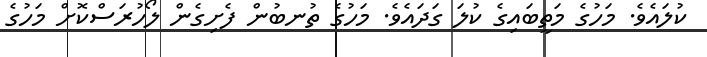
ކުލައެވެ. މަހުގެ މަތީބައިގެ ކުލަ ގަދައެވެ. މަހުގެ ތުނބުން ފެށިގެން ލޯހުރަސްކޮށް މަހުގެ